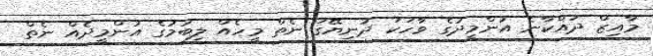
މާއިޒް ދައްކާނެ އުންމީދުގެ ވާހަކަ ދުނިޔޭގަ ނެތް މީހެއް ލިބުމުގެ އުންމީދެއް ނެތް